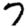
Digit: 7